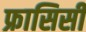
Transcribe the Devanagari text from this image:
फ्रासिसी